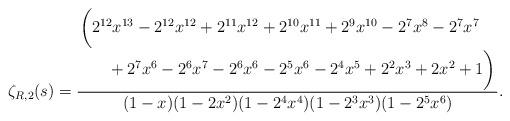
LaTeX: \begin{align*}\zeta_{R,2}(s) = \frac{\splitfrac{\bigg(2^{12}x^{13}-2^{12}x^{12} + 2^{11}x^{12} + 2^{10}x^{11} + 2^9x^{10} - 2^7x^8 - 2^7x^7}{ + 2^7x^6 - 2^6x^7 - 2^6x^6 - 2^5x^6 - 2^4x^5 + 2^2x^3 + 2x^2 + 1\bigg)}}{(1-x)(1-2x^2)(1-2^4x^4)(1-2^3x^3)(1-2^5x^6)}. \end{align*}